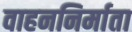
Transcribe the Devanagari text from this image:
वाहननिर्माता